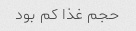
حجم غذا کم بود